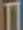
Π